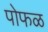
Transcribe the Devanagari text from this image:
पोफळ